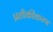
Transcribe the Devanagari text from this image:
प्रतीकीकरण